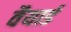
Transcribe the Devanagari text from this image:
वैयार्ड